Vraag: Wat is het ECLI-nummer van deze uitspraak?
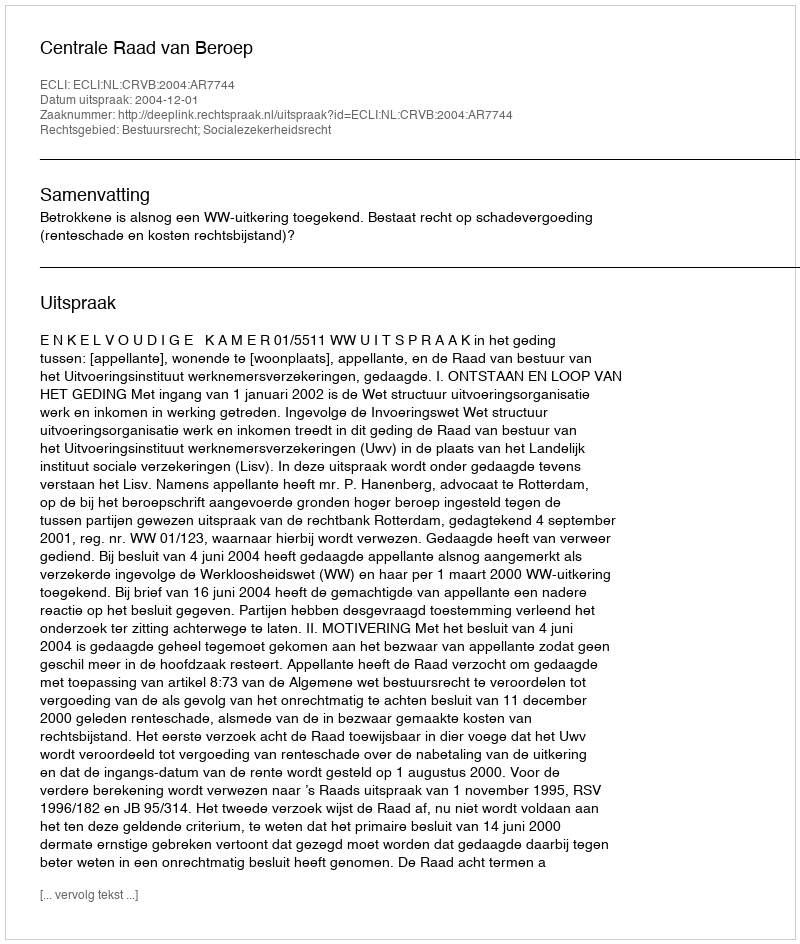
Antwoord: ECLI:NL:CRVB:2004:AR7744